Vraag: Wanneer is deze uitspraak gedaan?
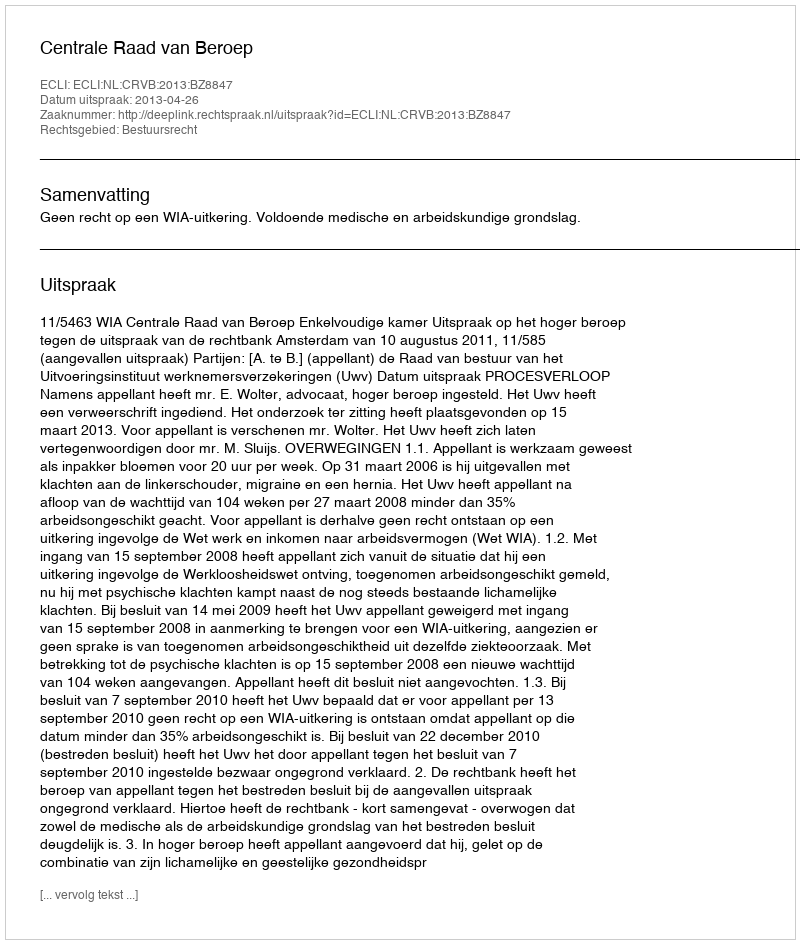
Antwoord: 2013-04-26